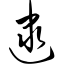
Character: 逮